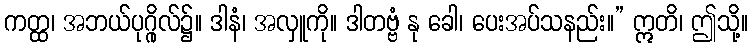
ကတ္ထ၊ အဘယ်ပုဂ္ဂိုလ်၌။ ဒါနံ၊ အလှူကို။ ဒါတဗ္ဗံ နု ခေါ၊ ပေးအပ်သနည်း။” ဣတိ၊ ဤသို့။